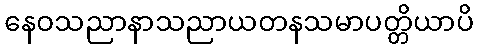
နေဝသညာနာသညာယတနသမာပတ္တိယာပိ